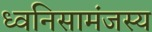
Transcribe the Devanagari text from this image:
ध्वनिसामंजस्य